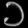
Digit: ၁